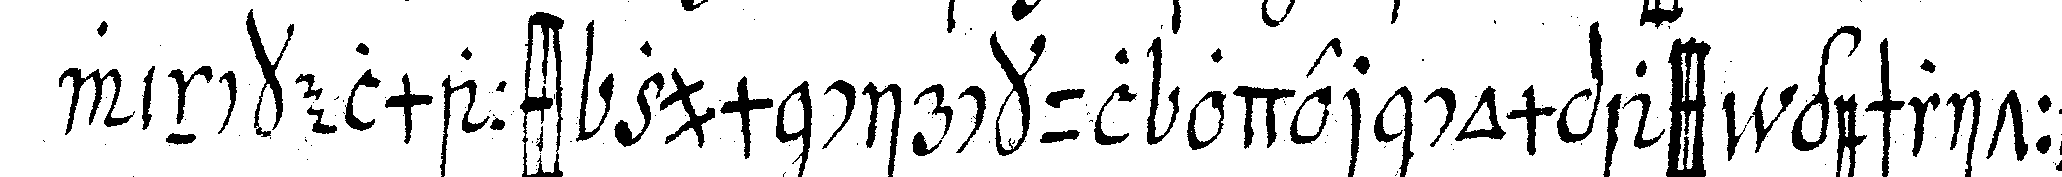
winckelmass zum circkul oder compassi geschritteN